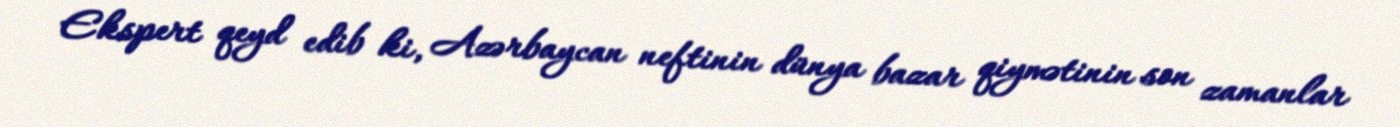
Ekspert qeyd edib ki, Azərbaycan neftinin dünya bazar qiymətinin son zamanlar